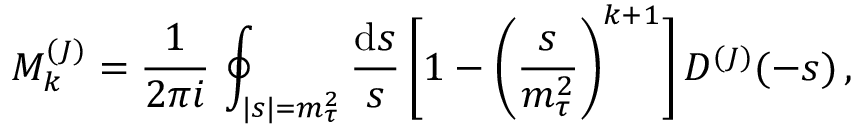
{ \cal M } _ { k } ^ { ( J ) } = { \frac { 1 } { 2 \pi i } } \, \oint _ { | s | = m _ { \tau } ^ { 2 } } { \frac { \mathrm { d } s } { s } } \, \bigg [ 1 - \bigg ( { \frac { s } { m _ { \tau } ^ { 2 } } } \bigg ) ^ { k + 1 } \bigg ] \, D ^ { ( J ) } ( - s ) \, ,